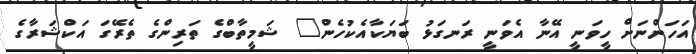
އަހަންނަށް ހީވަނީ އޭނާ އެވަނީ ރަނގަޅު ބަޔަކާއެކުހެން" ޝަމީތާބްގެ ތަރިންގެ ތެރޭގަ އަކްޝަރާގެ